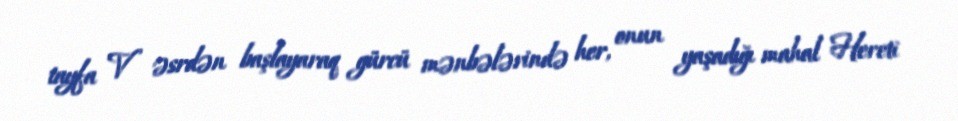
tayfa V əsrdən başlayaraq gürcü mənbələrində her, onun yaşadığı mahal Hereti